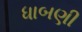
ધાબણી